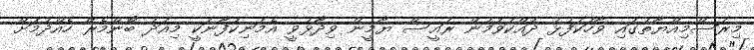
މިރަސްމިއްޔާތުގައި ވާހަކަފުޅު ދައްކަވަމުން ރައީސް ޔާމީން ވިދާޅުވީ އެމަނިކުފާނަކީ މިއަދު ބޯންމެރޭ ހެއްދުމަށް